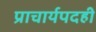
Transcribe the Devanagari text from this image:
प्राचार्यपदही